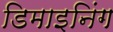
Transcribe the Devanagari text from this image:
डिमाइनिंग